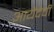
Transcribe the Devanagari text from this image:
आयेंदेची